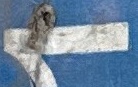
1